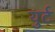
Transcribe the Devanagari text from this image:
युर्ट